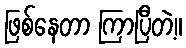
ဖြစ်နေတာ ကြာပြီတဲ့။